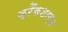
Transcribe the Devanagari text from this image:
क्रैंकशाफ़्ट